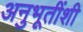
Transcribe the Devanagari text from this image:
अनुभूतींशी